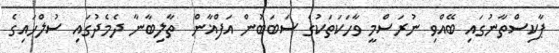
ޕާކިސްތާނުގައި ބޭއްވި ނުރަސްމީ ވާހަކަތަކުގެ ސަބަބުން އަފްޣާން  ތާލިބާނާ ދެމެދުގައި ސުލްހައިގެ